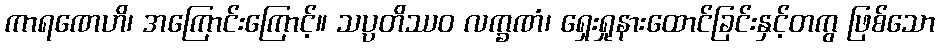
ကာရဏေဟိ၊ အကြောင်းကြောင့်။ သပ္ပတိဿဝ လက္ခဏံ၊ ရှေးရှုနားထောင်ခြင်းနှင့်တကွ ဖြစ်သော